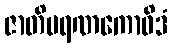
ဇာတိမရဏကောဝိဒံ